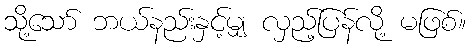
သို့သော် ဘယ်နည်းနှင့်မျှ လှည့်ပြန်လို့ မဖြစ်။